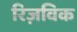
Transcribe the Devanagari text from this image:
रिज़विक